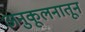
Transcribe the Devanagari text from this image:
अनुकूलनातून